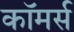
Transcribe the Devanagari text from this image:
काॅमर्स